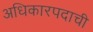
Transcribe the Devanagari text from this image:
अधिकारपदाची